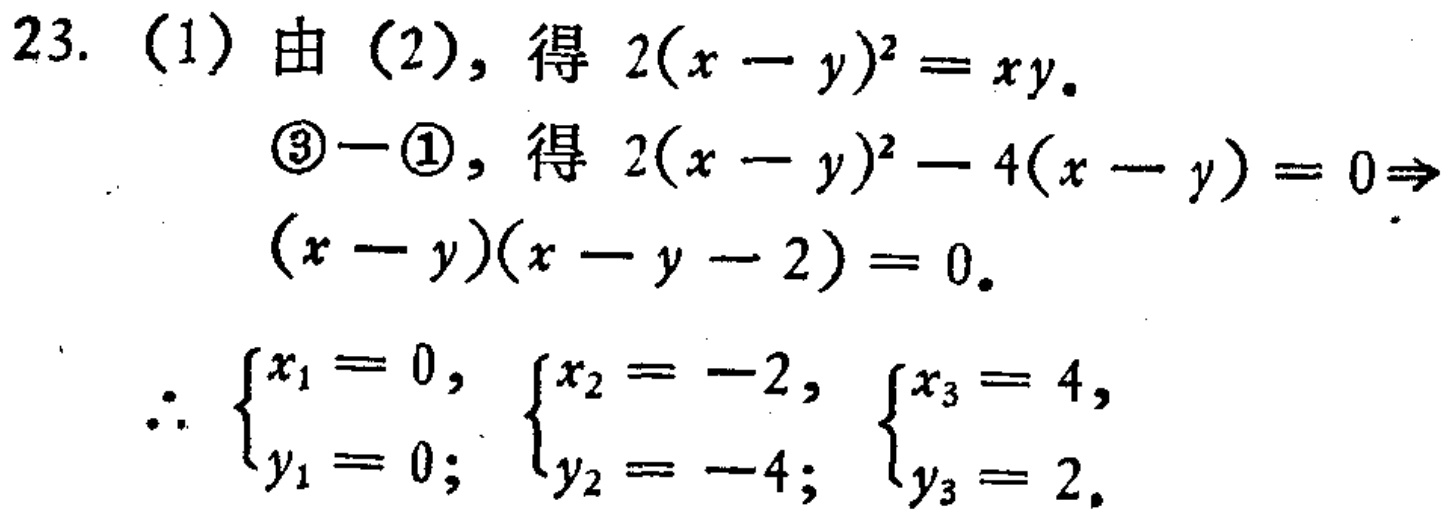
23. (1) 由 (2), 得 \(2(x - y)^2 = xy\).
\(\textcircled{3}-\textcircled{1}\), 得 \(2(x - y)^2 - 4(x - y)=0\Rightarrow\)
\((x - y)(x - y - 2)=0\).
\(\therefore \begin{cases}x_1 = 0,\\y_1 = 0;\end{cases}\begin{cases}x_2 = -2,\\y_2 = -4;\end{cases}\begin{cases}x_3 = 4,\\y_3 = 2.\end{cases}\)